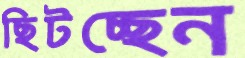
ছিটচ্ছেন